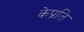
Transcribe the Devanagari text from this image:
केप्रति